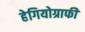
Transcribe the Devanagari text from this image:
हेगियोग्राफी